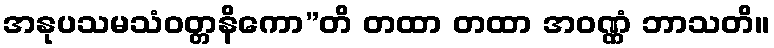
အနုပသမသံဝတ္တနိကော”တိ တထာ တထာ အဝဏ္ဏံ ဘာသတိ။